Leaving Certificate Examination (including Day School Certificate (Higher) General paper), 1930
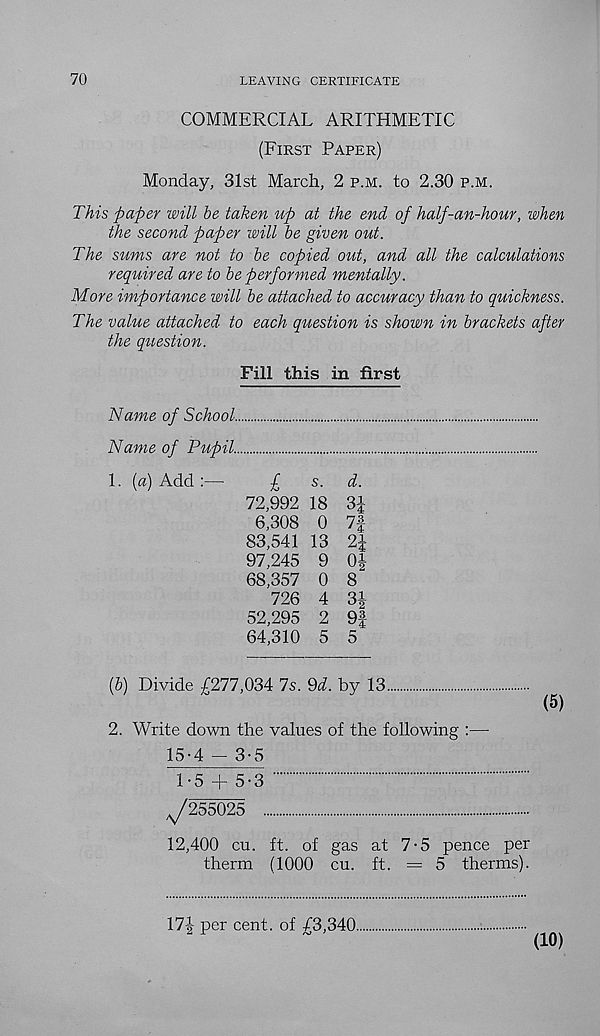
70
LEAVING CERTIFICATE
COMMERCIAL ARITHMETIC
(First Paper)
Monday, 31st March, 2 p.m. to 2.30 p.m.
This paper will be taken up at the end of half-an-hour, when
the second paper will be given out.
The sums are not to be copied out, and all the calculations
required are to be performed mentally.
More importance will be attached to accuracy than to quickness.
The value attached to each question is shown in brackets after
the question.
Fill this in first
Name of School.
Name of Pupil.
1. [a) Add:—
£
s.
d.
72,992 18 3|
6,308 0 7f
83,541 13 2J
97,245 9 0|
68,357 0 8
726 4 3|
52,295 2 9f
64,310 5 5
(&) Divide £277,034 7s. <Zd. by 13
(5)
2. Write down the values of the following :—-
15-4 - 3-5
1-5 + 5-3
7255025
12,400 cu. ft. of gas at 7-5 pence per
therm (1000 cu. ft. = 5 therms).
17|- per cent, of £3,340.
(10)